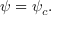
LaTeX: \psi = \psi _ { c } .